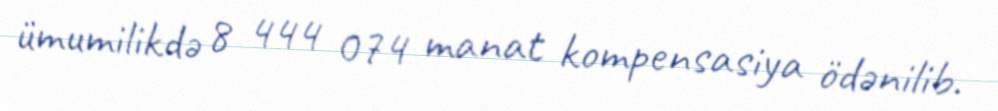
ümumilikdə 8 444 074 manat kompensasiya ödənilib.